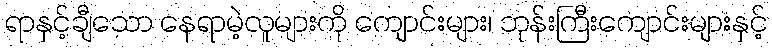
ရာနှင့်ချီသော နေရာမဲ့လူများကို ကျောင်းများ၊ ဘုန်းကြီးကျောင်းများနှင့်